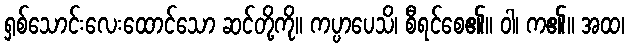
ရှစ်သောင်းလေးထောင်သော ဆင်တို့ကို။ ကပ္ပာပေသိ၊ စီရင်စေ၏။ ဝါ၊ က၏။ အထ၊